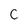
Character: C